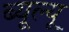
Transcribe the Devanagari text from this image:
ब्यूल्यू